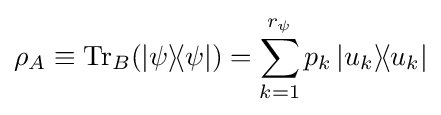
\rho _{A}\equiv \operatorname {Tr} _{B}(|\psi \rangle \!\langle \psi |)=\sum _{k=1}^{r_{\psi }}p_{k}\,|u_{k}\rangle \!\langle u_{k}|